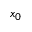
x _ { 0 }